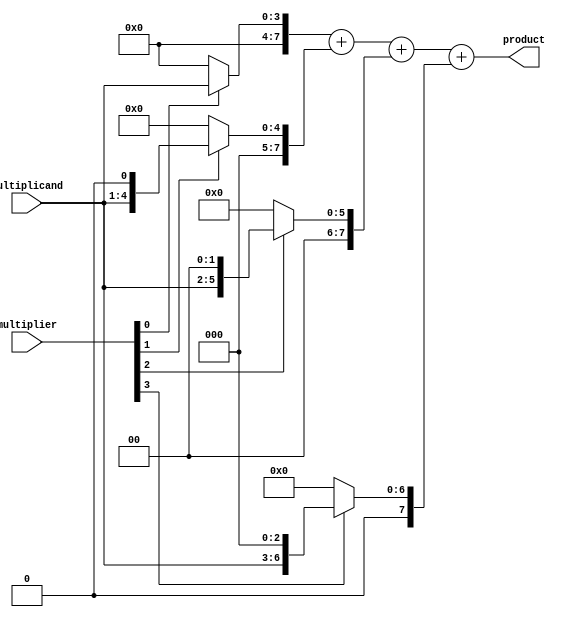
module radix4_multiplier(
input [3:0] multiplier,
input [3:0] multiplicand,
output reg [7:0] product
);

reg [7:0] partial_product_1, partial_product_2, partial_product_3, partial_product_4;
wire [7:0] sum;

assign sum = partial_product_1 + partial_product_2 + partial_product_3 + partial_product_4;

always @* begin
partial_product_1 = multiplier[0] ? (multiplicand << 0) : 8'b0;
partial_product_2 = multiplier[1] ? (multiplicand << 1) : 8'b0;
partial_product_3 = multiplier[2] ? (multiplicand << 2) : 8'b0;
partial_product_4 = multiplier[3] ? (multiplicand << 3) : 8'b0;
product = sum;
end

endmodule